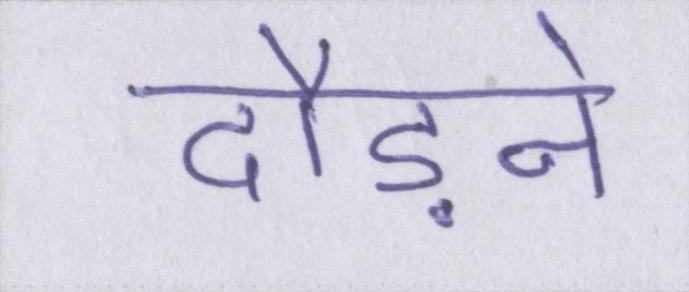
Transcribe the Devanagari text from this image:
दौड़ने